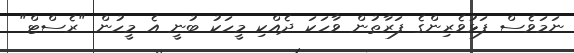
ނަމަވެސް ފަޅުވެރިންގެ ފަރާތުން ވާހަކަ ދެއްކި މީހަކު ބުނީ އެ މީހުން "ރެސްޓް"